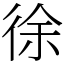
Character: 徐